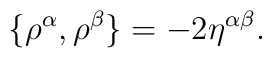
\{\rho^{\alpha}, \rho^{\beta}\}=-2\eta^{\alpha \beta}.